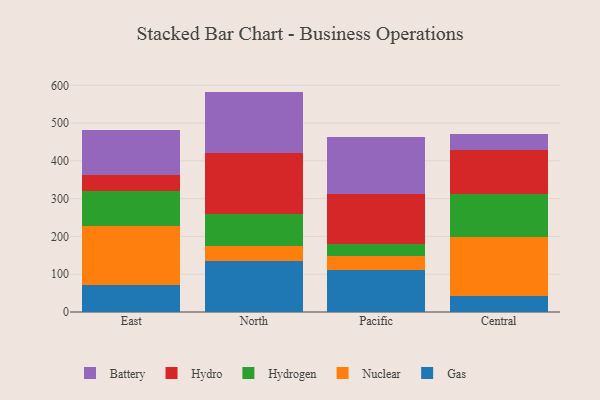
{"axis": {"x": "Region", "y": "Budget (USD K)"}, "legend": ["Battery", "Gas", "Hydro", "Hydrogen", "Nuclear"], "data": [{"x": "East", "y": 71.6, "type": "Gas"}, {"x": "East", "y": 157.3, "type": "Nuclear"}, {"x": "East", "y": 91.8, "type": "Hydrogen"}, {"x": "East", "y": 42.5, "type": "Hydro"}, {"x": "East", "y": 118.9, "type": "Battery"}, {"x": "North", "y": 135.1, "type": "Gas"}, {"x": "North", "y": 40.6, "type": "Nuclear"}, {"x": "North", "y": 84.4, "type": "Hydrogen"}, {"x": "North", "y": 159.7, "type": "Hydro"}, {"x": "North", "y": 163.6, "type": "Battery"}, {"x": "Pacific", "y": 110.8, "type": "Gas"}, {"x": "Pacific", "y": 37.1, "type": "Nuclear"}, {"x": "Pacific", "y": 32.7, "type": "Hydrogen"}, {"x": "Pacific", "y": 132.3, "type": "Hydro"}, {"x": "Pacific", "y": 149.6, "type": "Battery"}, {"x": "Central", "y": 43.5, "type": "Gas"}, {"x": "Central", "y": 156.3, "type": "Nuclear"}, {"x": "Central", "y": 113.7, "type": "Hydrogen"}, {"x": "Central", "y": 115.6, "type": "Hydro"}, {"x": "Central", "y": 41.3, "type": "Battery"}]}